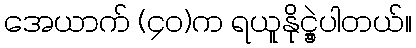
အေယာက် (၄၀)က ရယူနိုင္ခဲ့ပါတယ်။